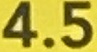
4.5